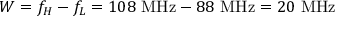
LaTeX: W = f _ { H } - f _ { L } = 1 0 8 \ \mathrm { M H z } - 8 8 \ \mathrm { M H z } = 2 0 \ \mathrm { M H z }